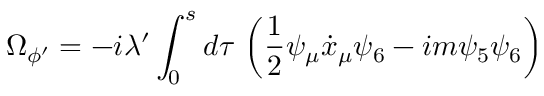
\Omega _ { \phi ^ { \prime } } = - i \lambda ^ { \prime } \int _ { 0 } ^ { s } d \tau \, \left( \frac { 1 } { 2 } \psi _ { \mu } \dot { x } _ { \mu } \psi _ { 6 } - i m \psi _ { 5 } \psi _ { 6 } \right)